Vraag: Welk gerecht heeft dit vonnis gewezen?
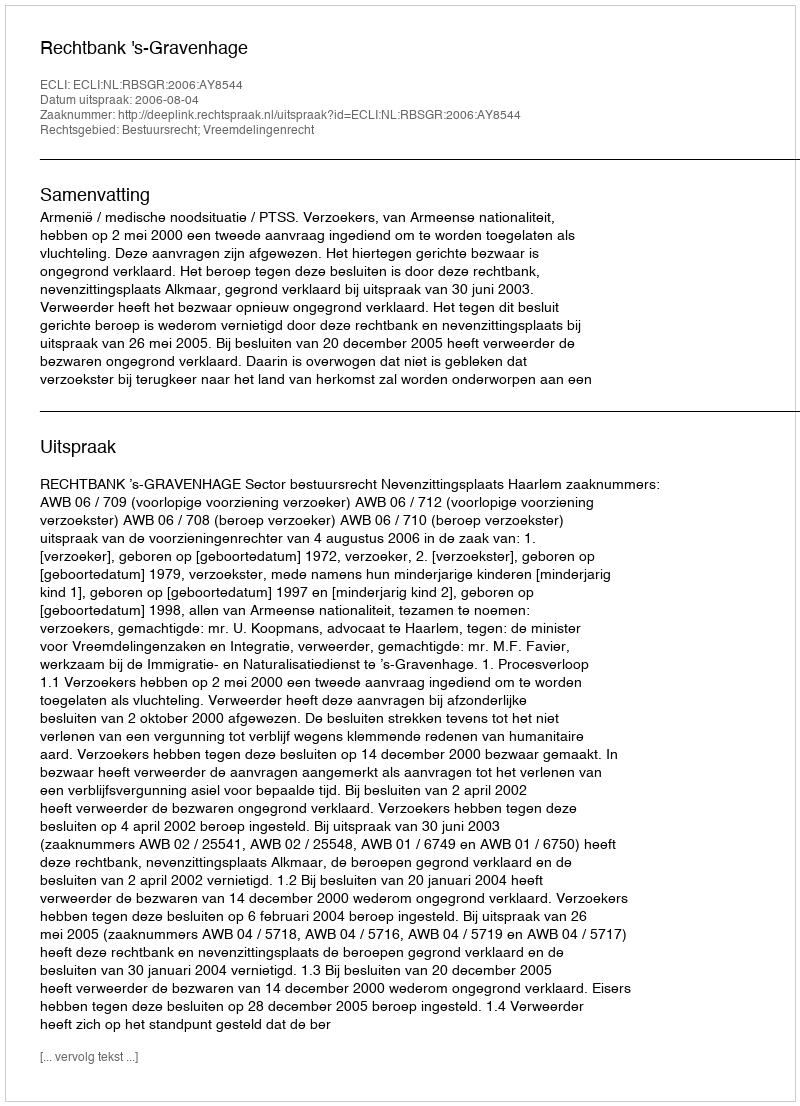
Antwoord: Rechtbank 's-Gravenhage